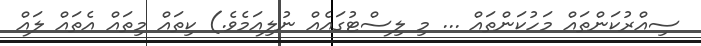
ސިއްރުކަންތައް މަހުކަންތައް ... މި ލިސްޓުގައެއް ނުލިއަމެވެ.) ކިތައް މިތައް އެތައް ލައް